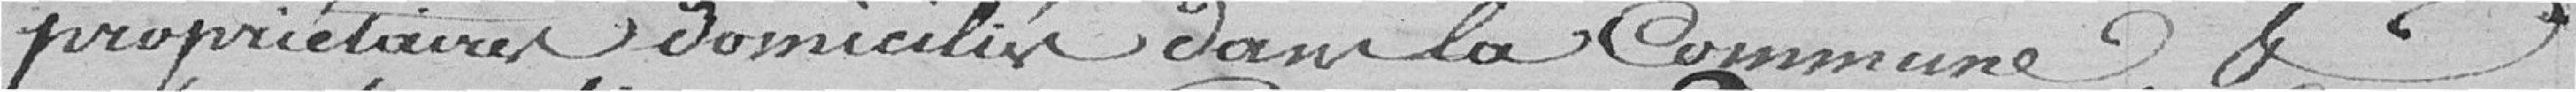
propriétaires domiciliés dans la Commune, et